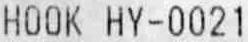
HOOK HY-0021